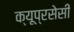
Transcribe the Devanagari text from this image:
क्यूप्रसेसी